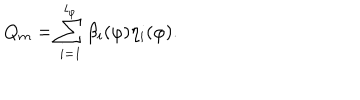
Q _ { m } = \sum _ { i = 1 } ^ { l _ { \varphi } } \beta _ { i } ( \varphi ) \eta _ { i } ( \varphi ) .